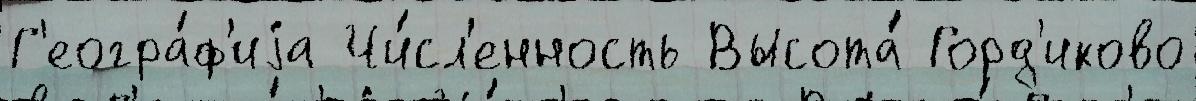
Г'еогра́ф'иjа Чи́сл'енность Высота́ Горд'иково